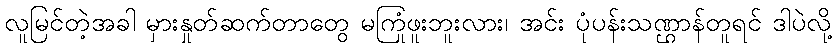
လူမြင်တဲ့အခါ မှားနှုတ်ဆက်တာတွေ မကြုံဖူးဘူးလား၊ အင်း ပုံပန်းသဏ္ဌာန်တူရင် ဒါပဲလို့